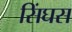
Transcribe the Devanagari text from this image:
सिंघस